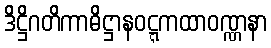
ဒိဋ္ဌိဂတိကာဓိဋ္ဌာနဝဋ္ဋကထာဝဏ္ဏနာ